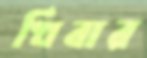
খিবার